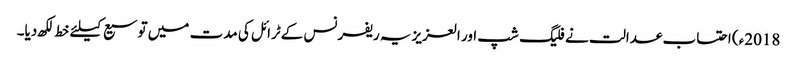
2018ء) احتساب عدالت نے فلیگ شپ اور العزیزیہ ریفرنس کےٹرائل کی مدت میں توسیع کیلئے خط لکھ دیا۔